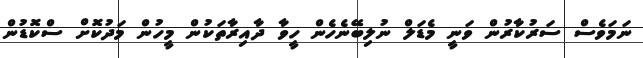
ނަމަވެސް ސަރުކާރުން ވަނީ މެޑަލް ނުލިބޭނެހެން ހީވާ ދާއިރާތަކުން މީހުން މަދުކޮށް ސްކޮޑުން